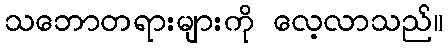
သဘောတရားများကို လေ့လာသည်။